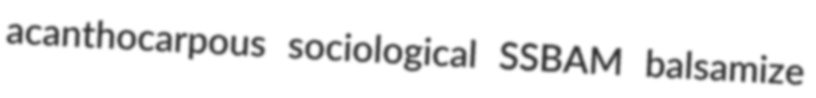
acanthocarpous sociological SSBAM balsamize